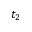
t _ { 2 }